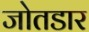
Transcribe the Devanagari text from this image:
जोतडार